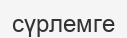
сүрлемге